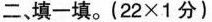
二、填一填。$$(22\times1分 )$$